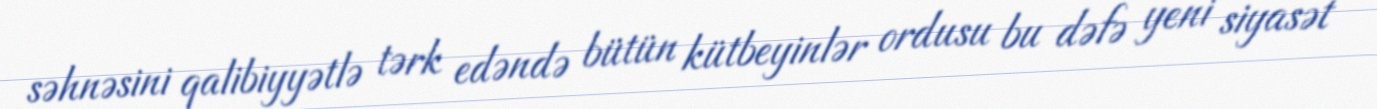
səhnəsini qalibiyyətlə tərk edəndə bütün kütbeyinlər ordusu bu dəfə yeni siyasət